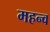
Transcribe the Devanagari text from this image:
महन्व